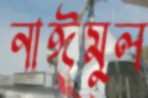
নাঈমুল